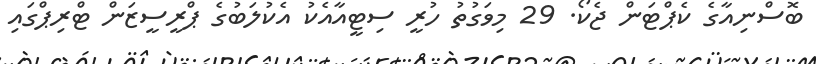
ބޮސްނިއާގެ ކެޕްޓަން ޖެކޯ. 29 މިވަގުތު ހުރީ ސިޓީއާއެކު އެކުލަބުގެ ޕްރީސީޒަން ޓްރިޕްގައި